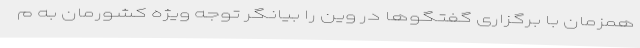
همزمان با برگزاری گفتگوها در وین را بیانگر توجه ویژه کشورمان به م